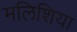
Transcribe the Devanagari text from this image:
मलिशिया